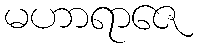
မဟာရာဇေ